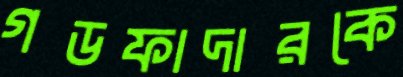
গডফাদারকে